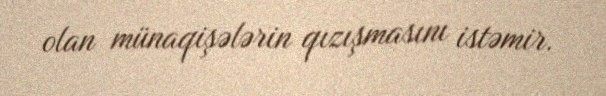
olan münaqişələrin qızışmasını istəmir.